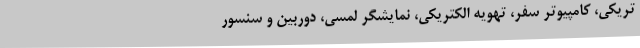
تریکی، کامپیوتر سفر، تهویه الکتریکی، نمایشگر لمسی، دوربین و سنسور